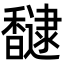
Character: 𮩮